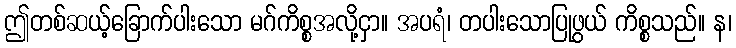
ဤတစ်ဆယ့်ခြောက်ပါးသော မဂ်ကိစ္စအလို့ငှာ။ အပရံ၊ တပါးသောပြုဖွယ် ကိစ္စသည်။ န၊